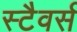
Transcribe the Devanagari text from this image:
स्टैवर्स